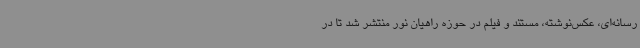
رسانه‌ای، عکس‌نوشته، مستند و فیلم در حوزه راهیان نور منتشر شد تا در